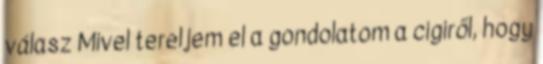
válasz Mivel tereljem el a gondolatom a cigiről, hogy